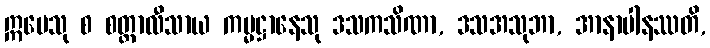
ဣမေသု စ စတ္တာလီသာယ ကမ္မဋ္ဌာနေသု ဒသကသိဏာ, ဒသအသုဘာ, အာနာပါနဿတိ,